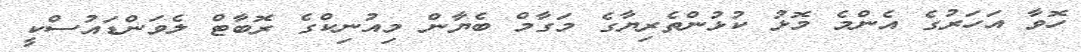
ހޮވާ އަހަރުގެ އެންމެ މޮޅު ކުޅުންތެރިޔާގެ މަގާމް ބެޔާން މިއުނިކްގެ ރޮބާޓް ލެވަންޑައުސްކީ